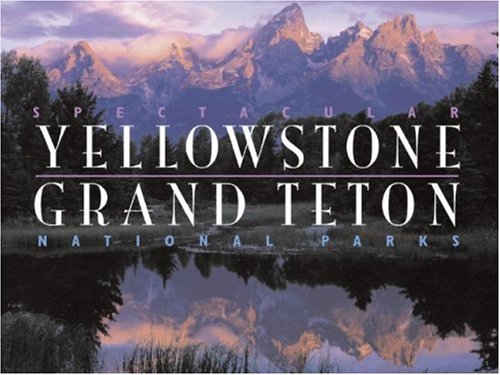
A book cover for Spectacular Yellowstone and Grand Teton National Parks; Charles Preston; Travel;